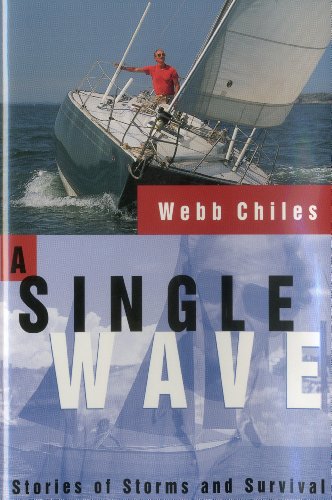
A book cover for A Single Wave: Stories of Storms and Survival; Webb Chiles; Travel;